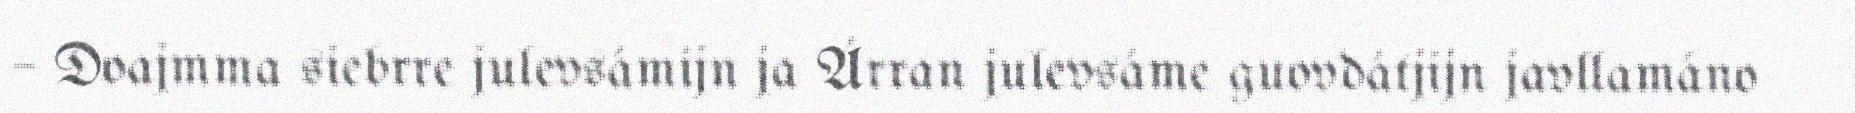
– Doajmma siebrre julevsámijn ja Árran julevsáme guovdátjijn javllamáno